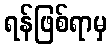
ရန်ဖြစ်ရာမှ